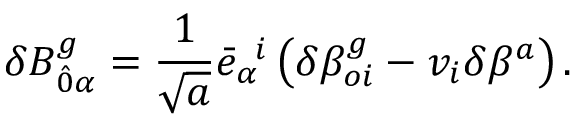
\delta B _ { \hat { 0 } \alpha } ^ { g } = \frac { 1 } { \sqrt { a } } { \bar { e } } _ { \alpha } ^ { \; \; i } \left( \delta { \beta } _ { o i } ^ { g } - v _ { i } \delta \beta ^ { a } \right) .